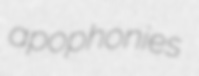
apophonies